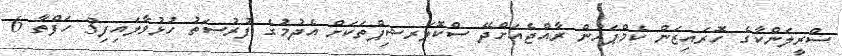
ސްރީލަންކާގެ ހޮރައިޒަން ކެމްޕަހުން ރާއްޖެއަށްދޭ ސްކޮލަރޝިޕްތަކަށް އެދުމުގެ ފުރުސަތު ހުޅުވާލައިފި3 ހަފްތާ 6